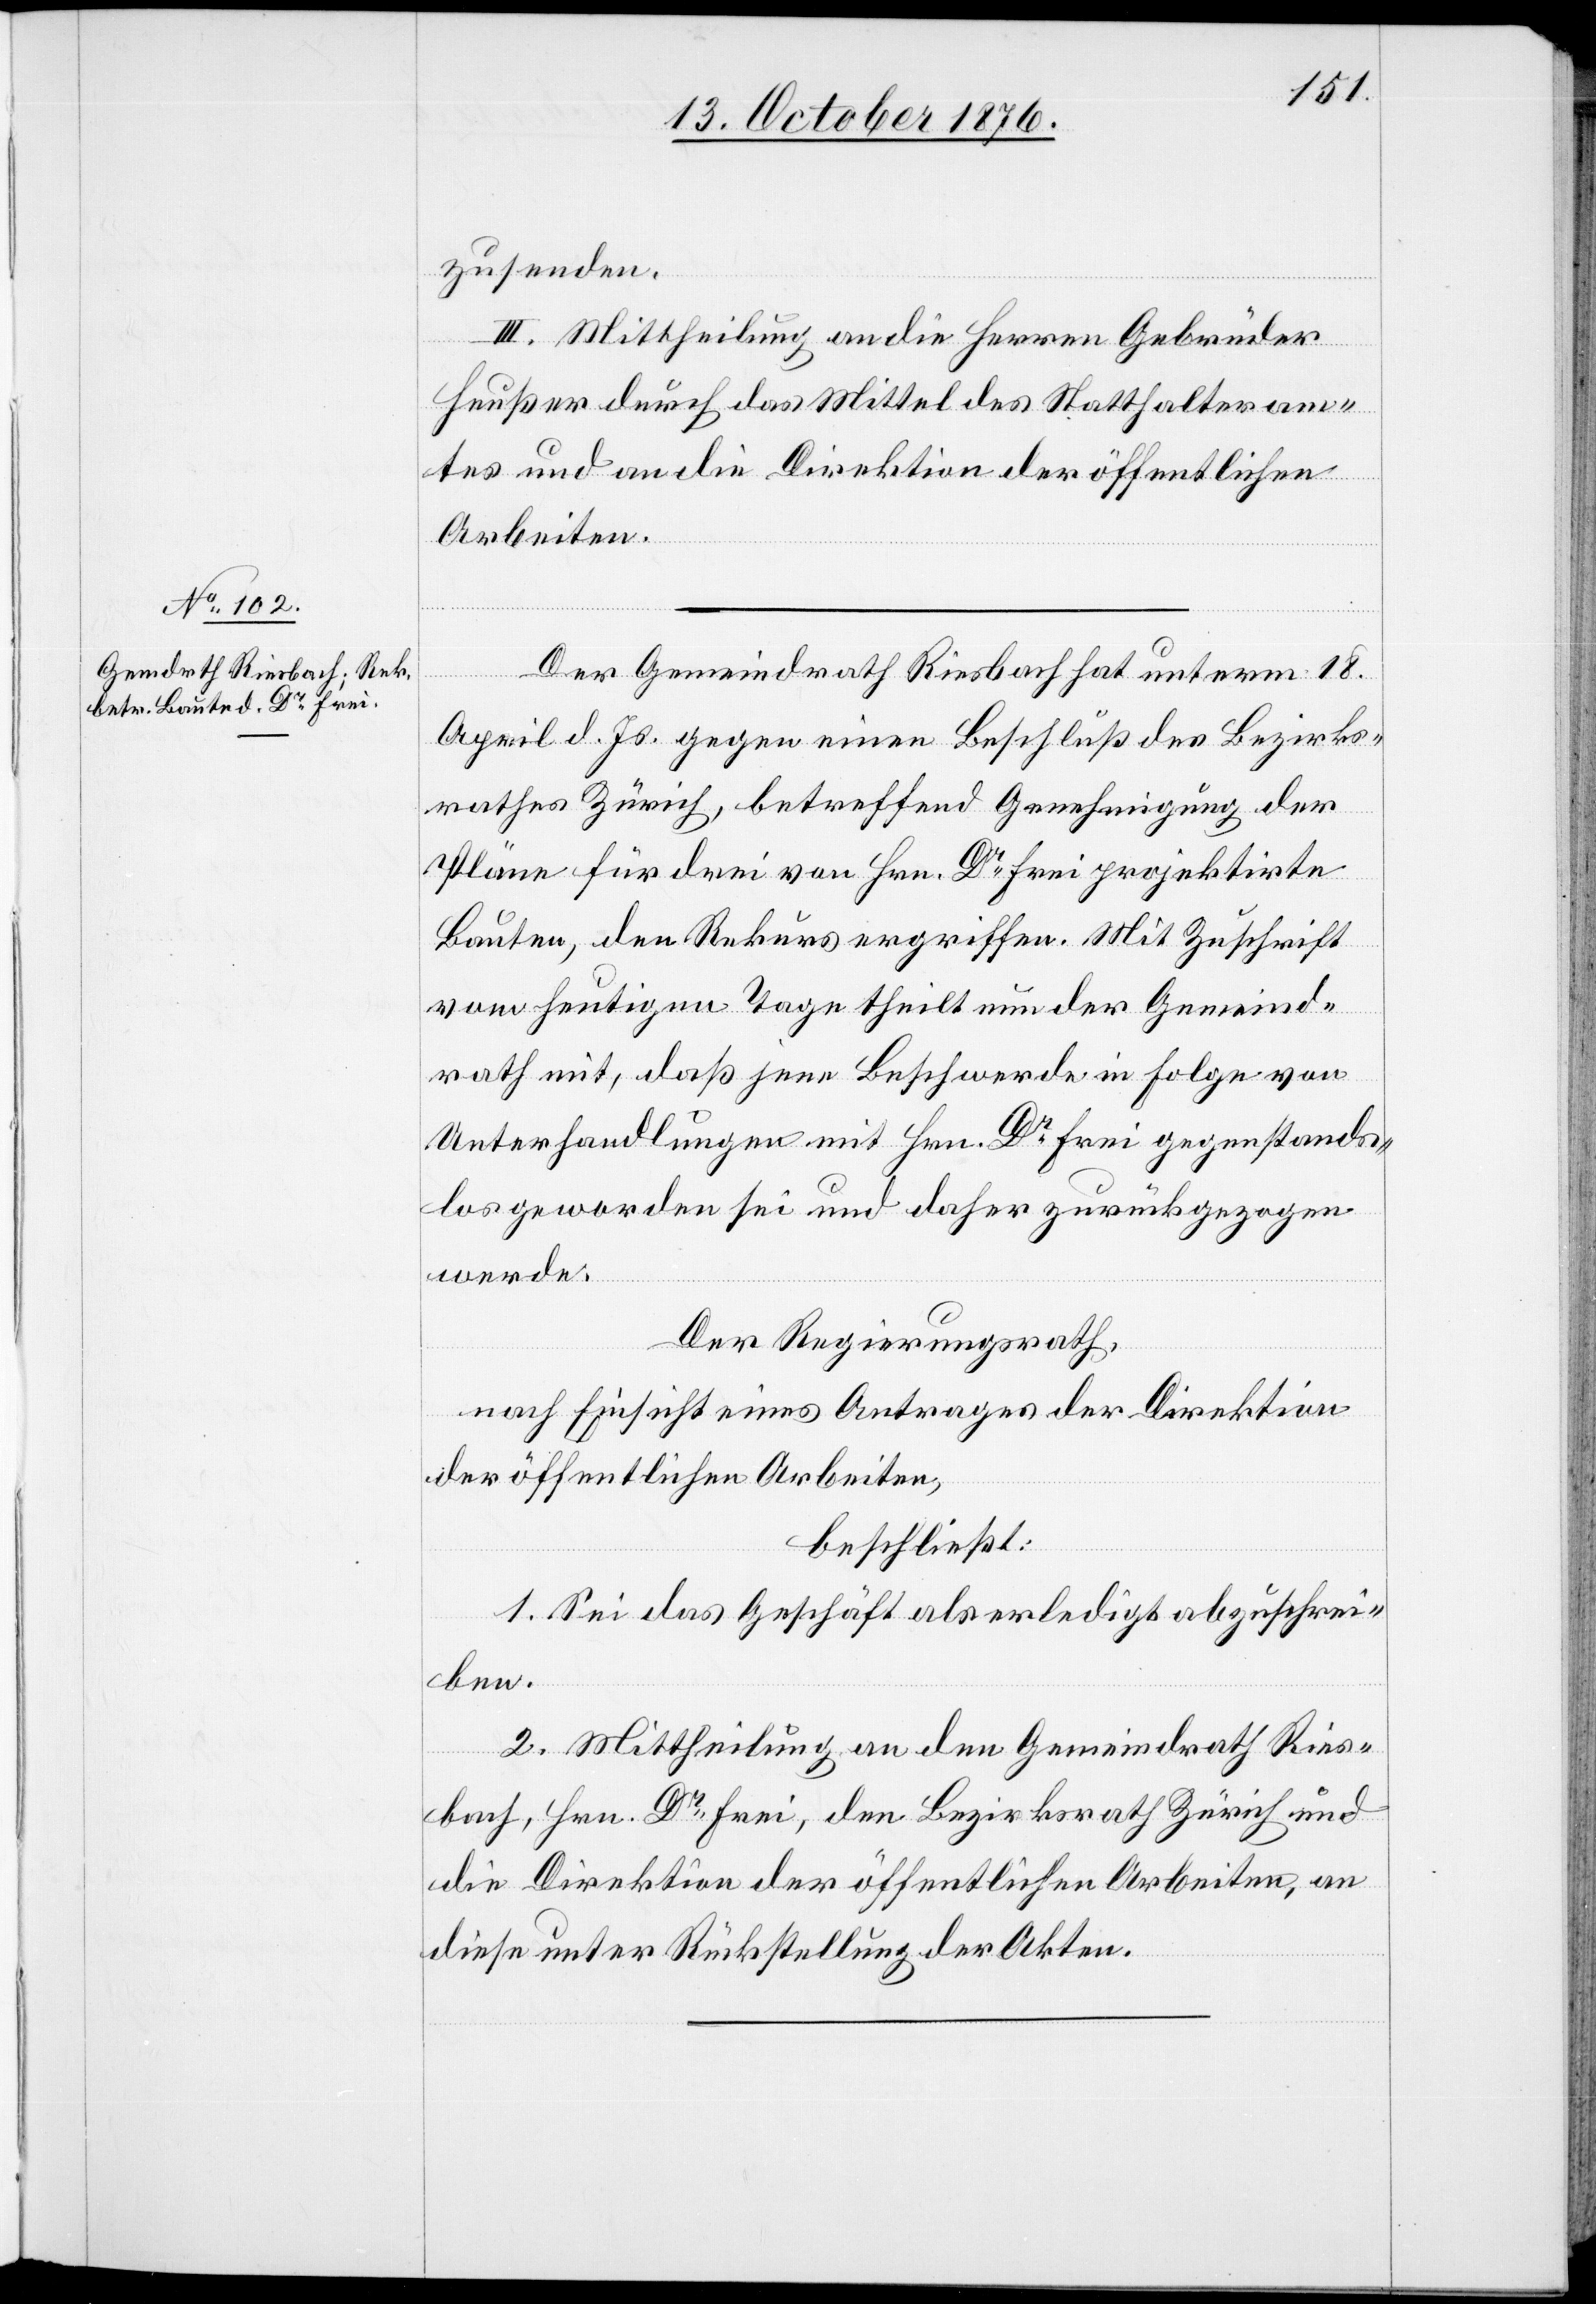
zusenden.
III. Mittheilung an die Herren Gebrüder
Heußer durch das Mittel des Statthalteram¬
tes und an die Direktion der öffentlichen
Arbeiten.
Der Gemeindrath Riesbach hat unterm 18.
April d. Js. gegen einen Beschluß des Bezirks¬
rathes Zürich, betreffend Genehmigung der
Pläne für drei von Hrn. Dr Frei projektirte
Bauten, den Rekurs ergriffen. Mit Zuschrift
vom heutigen Tage theilt nun der Gemeind¬
rath mit, daß jene Beschwerde in Folge von
Unterhandlungen mit Hrn. Dr Frei gegenstands¬
los geworden sei und daher zurückgezogen
werde.
Der Regierungsrath,
nach Einsicht eines Antrages der Direktion
der öffentlichen Arbeiten,
beschließt:
1. Sei das Geschäft als erledigt abzuschrei¬
ben.
2. Mittheilung an den Gemeindrath Ries¬
bach, Hrn. Dr Frei, den Bezirksrath Zürich und
die Direktion der öffentlichen Arbeiten, an
diese unter Rückstellung der Akten.